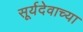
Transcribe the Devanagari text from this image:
सूर्यदेवाच्या